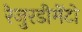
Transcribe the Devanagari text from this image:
रेजुरडीमेंटो